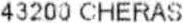
43200 CHERAS